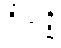
ဝိသုဒ္ဓိ